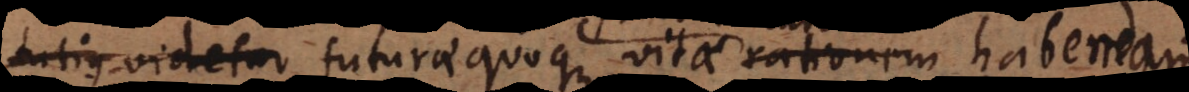
tutius videtur futurae quoque vitae rationem habere